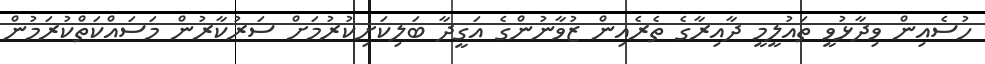
ހުސެއިން ވިދާޅުވީ ތައުލީމީ ދާއިރާގެ ތެރެއިން ޒުވާނުންގެ އަގީދާ ބަލިކަށިކުރުމަށް ސަރުކާރުން މަސައްކަތްކުރަމުން